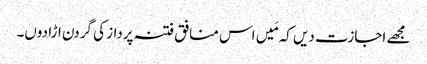
مجھے اجازت دیں کہ مَیں اس منافق فتنہ پرداز کی گردن اڑا دوں۔